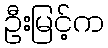
ဦးမြင့်က